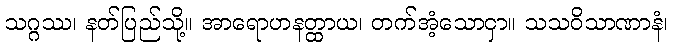
သဂ္ဂဿ၊ နတ်ပြည်သို့။ အာရောဟနတ္ထာယ၊ တက်အံ့သောငှာ။ သသဝိသာဏာနံ၊